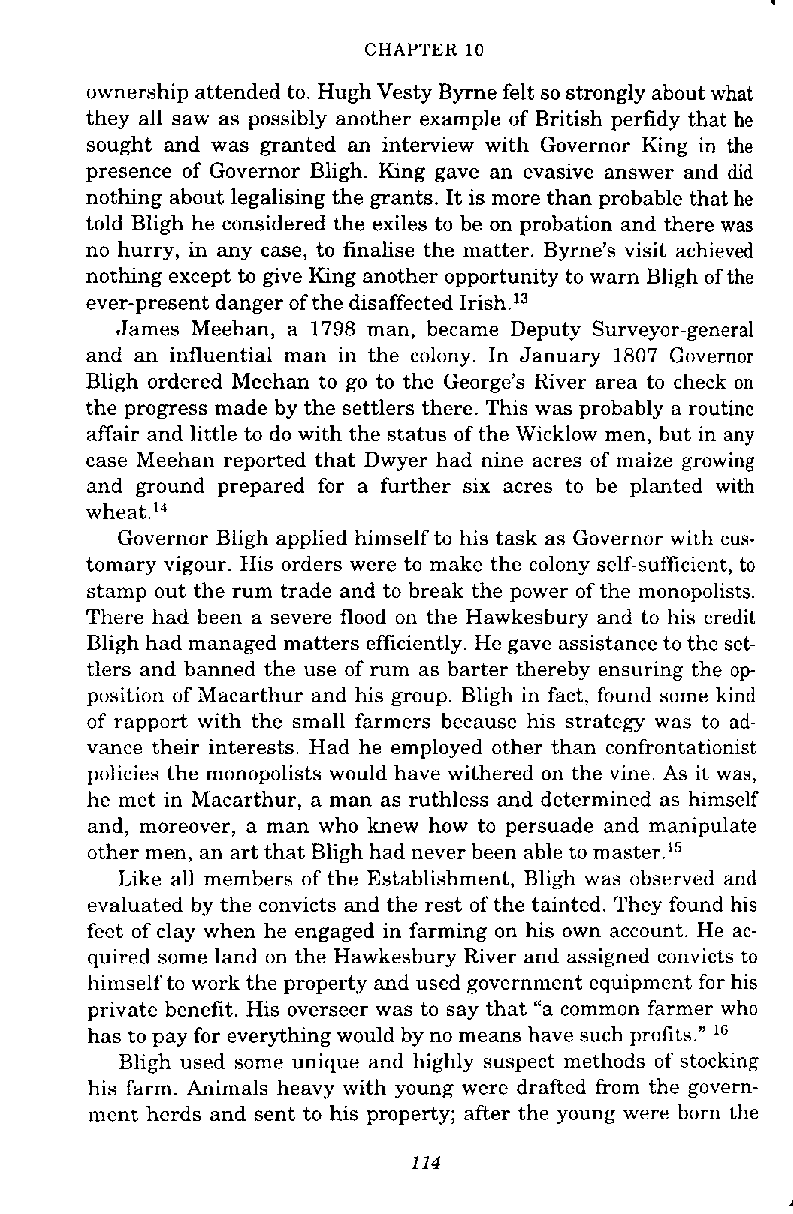
CHAPTER 10
 ownership attended to. Hugh Vesty Byrne felt so strongly about what
 they all saw as possibly another example of British perfidy that he
 sought and was granted an interview with Governor King in the
 presence of Governor Bligh. King gave an evasive answer and did
 nothing about legalising the grants. It is more than probable that he
 told Bligh he considered the exiles to be on probation and there was
 no hurry, in any case, to finalise the matter. Byrne's visit achieved
 nothing except to give King another opportunity to warn Bligh of the
 ever-present danger of the disaffected Irish.13
 James Meehan, a 1798 man, became Deputy Surveyor-general
 and an influential man in the colony. In January 1807 Governor
 Bligh ordered Meehan to go to the George's River area to check on
 the progress made by the settlers there. This was probably a routine
 affair and little to do with the status of the Wicklow men, but in any
 case Meehan reported that Dwyer had nine acres of maize growing
 and ground prepared for a further six acres to be planted with
 wheat.'*
 Governor Bligh applied himself to his task as Governor with cus-
 tomary vigour. His orders were to make the colony self-sufficient, to
 stamp out the rum trade and to break the power of the monopolists.
 There had been a severe flood on the Hawkesbury and to his credit
 Bligh had managed matters efficiently. He gave assistance to the set-
 tlers and banned the use of rum as barter thereby ensuring the op-
 position of Macarthur and his group. Bligh in fact, found some kind
 of rapport with the small farmers because his strategy was to ad-
 vance their interests. Had he employed other than confrontationist
 policies the monopolists would have withered on the vine. As it was,
 he met in Macarthur, a man as ruthless and determined as himself
 and, moreover, a man who knew how to persuade and manipulate
 other men, an art that Bligh had never been able to master.15
 Like all members of the Establishment, Bligh was observed and
 evaluated by the convicts and the rest of the tainted. They found his
 feet of clay when he engaged in farming on his own account. He ac-
 quired some land on the Hawkesbury River and assigned convicts to
 himself to work the property and used government equipment for his
 private benefit. His overseer was to say that "a common farmer who
 has to pay for everything would by no means have such profits." l6
 Bligh used some unique and highly suspect methods of stocking
 his farm. Animals heavy with young were drafted from the govern-
 ment herds and sent to his property; after the young were born the